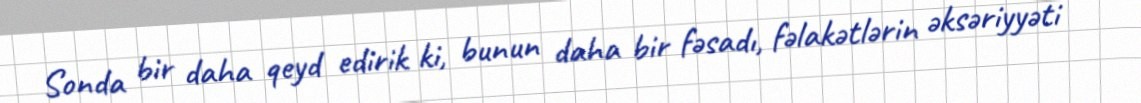
Sonda bir daha qeyd edirik ki, bunun daha bir fəsadı, fəlakətlərin əksəriyyəti